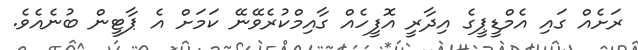
ރަށެއް ގައި އެމްޑީޕީގެ އިދާރީ އޮފީހެއް ގާއިމްކުރެވޭނޭ ކަމަށް އެ ޕާޓީން ބުނެއެވެ.